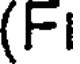
(Fi